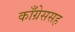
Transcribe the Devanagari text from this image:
काँग्रेससह